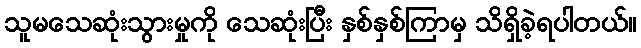
သူမသေဆုံးသွားမှုကို သေဆုံးပြီး နှစ်နှစ်ကြာမှ သိရှိခဲ့ရပါတယ်။